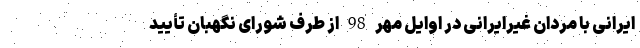
ایرانی با مردان غیرایرانی در اوایل مهر 98 از طرف شورای نگهبان تأیید